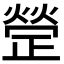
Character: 𭭱